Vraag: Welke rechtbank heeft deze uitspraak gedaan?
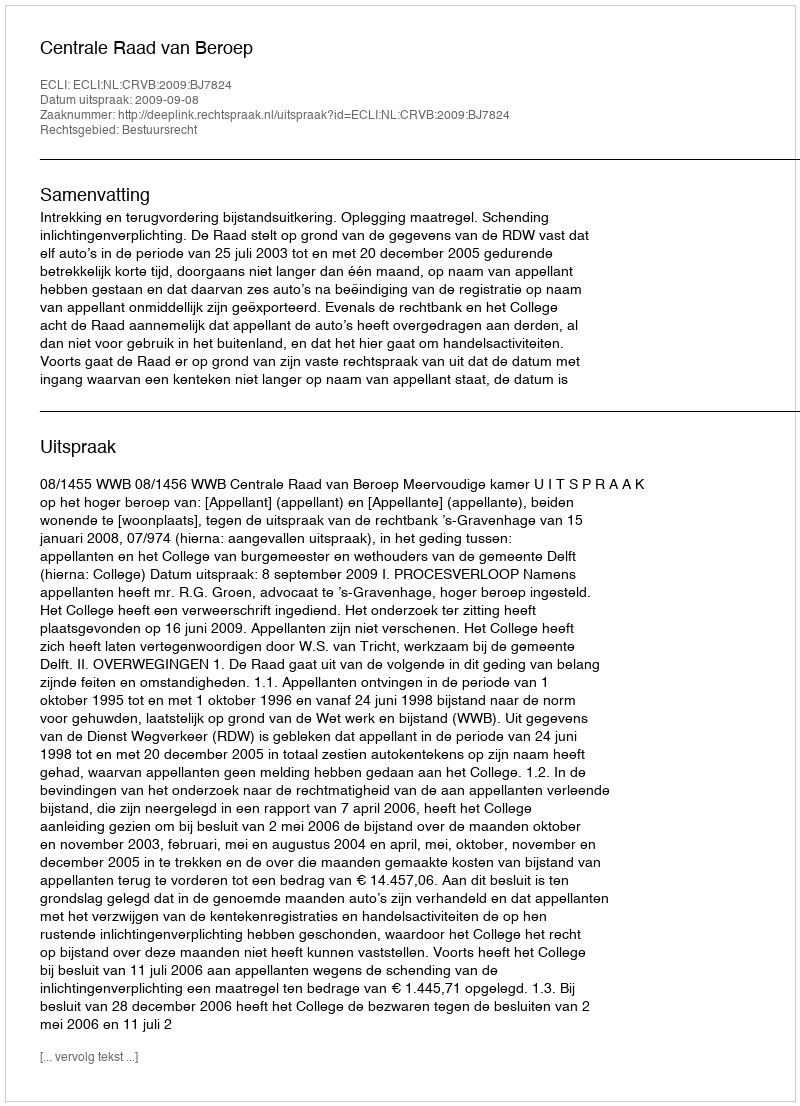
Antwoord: Centrale Raad van Beroep